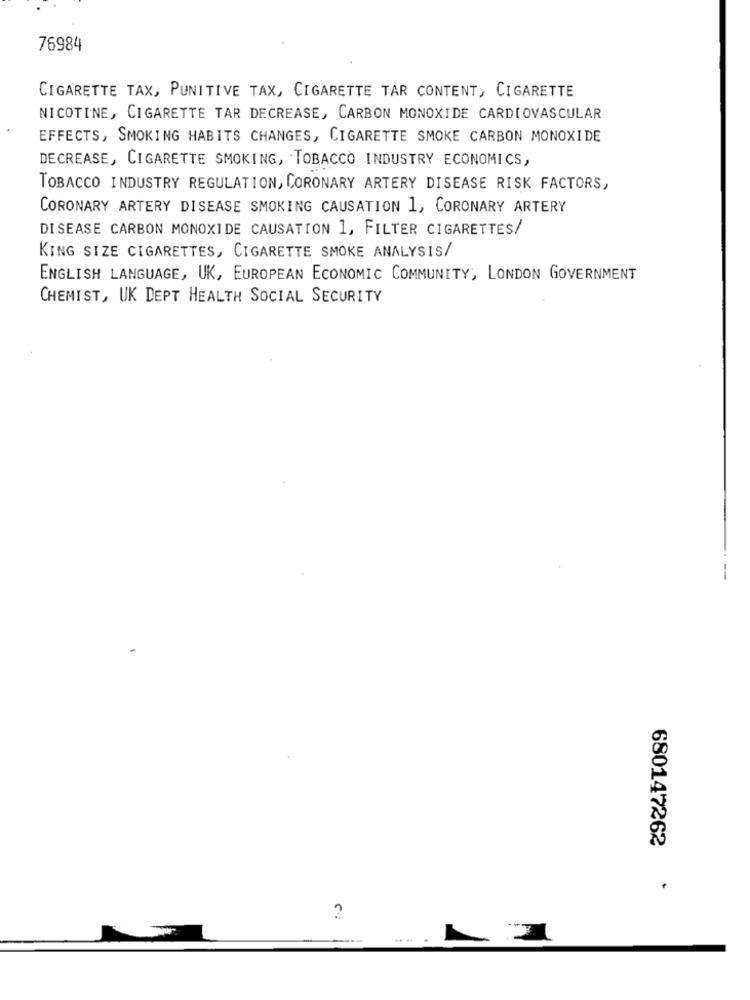
76984
CIGARETTE TAX, PUNITIVE TAX, CIGARETTE TAR CONTENT, CIGARETTE
NICOTINE, CIGARETTE TAR DECREASE, CARBON MONOXIDE CARDIOVASCULAR
EFFECTS, SMOKING HABITS CHANGES, CIGARETTE SMOKE CARBON MONOXIDE
DECREASE, CIGARETTE SMOKING, TOBACCO INDUSTRY ECONOMICS,
TOBACCO INDUSTRY REGULATION, CORONARY ARTERY DISEASE RISK FACTORS,
CORONARY ARTERY DISEASE SMOKING CAUSATION 1, CORONARY ARTERY
DISEASE CARBON MONOXIDE CAUSATION 1, FILTER CIGARETTES/
KING SIZE CIGARETTES, CIGARETTE SMOKE ANALYSIS/
ENGLISH LANGUAGE, UK, EUROPEAN ECONOMIC COMMUNITY, LONDON GOVERNMENT
CHEMIST, UK DEPT HEALTH SOCIAL SECURITY
680147262
2